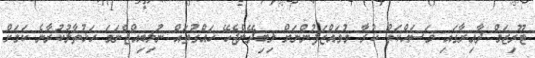
ޓޫރިޒަމް ދާއިރާގައި މަސައްކަތް ކުރާ މުވައްޒަފުންނަށް ލިބިދޭންޖެހޭ ހައްގުތައް ނުލިބިއްޖެނަމަ ހަޅުތާލުކުރާނެ ކަމަށް